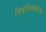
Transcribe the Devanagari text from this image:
चित्रशिल्पकलेचा